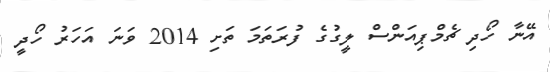
އޭނާ ހޯދި ޗެމްޕިއަންސް ލީގުގެ ފުރަތަމަ ތަށި 2014 ވަނަ އަހަރު ހޯދީ